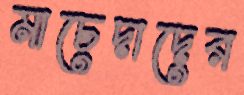
মাচেদাদের